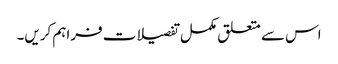
اس سے متعلق مکمل تفصیلات فراہم کریں۔